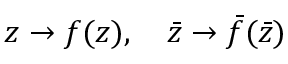
z \rightarrow f ( z ) , \quad \bar { z } \rightarrow \bar { f } ( \bar { z } )